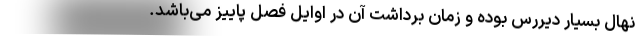
نهال بسیار دیررس بوده و زمان برداشت آن در اوایل فصل پاییز می‌باشد.